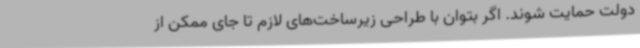
دولت حمایت شوند. اگر بتوان با طراحی زیرساخت‌های لازم تا جای ممکن از